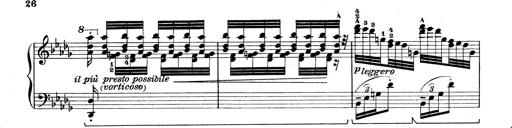
Title: Rapsodie: 19 ungheresi, 1 spagnuola
Composer: Franz Liszt